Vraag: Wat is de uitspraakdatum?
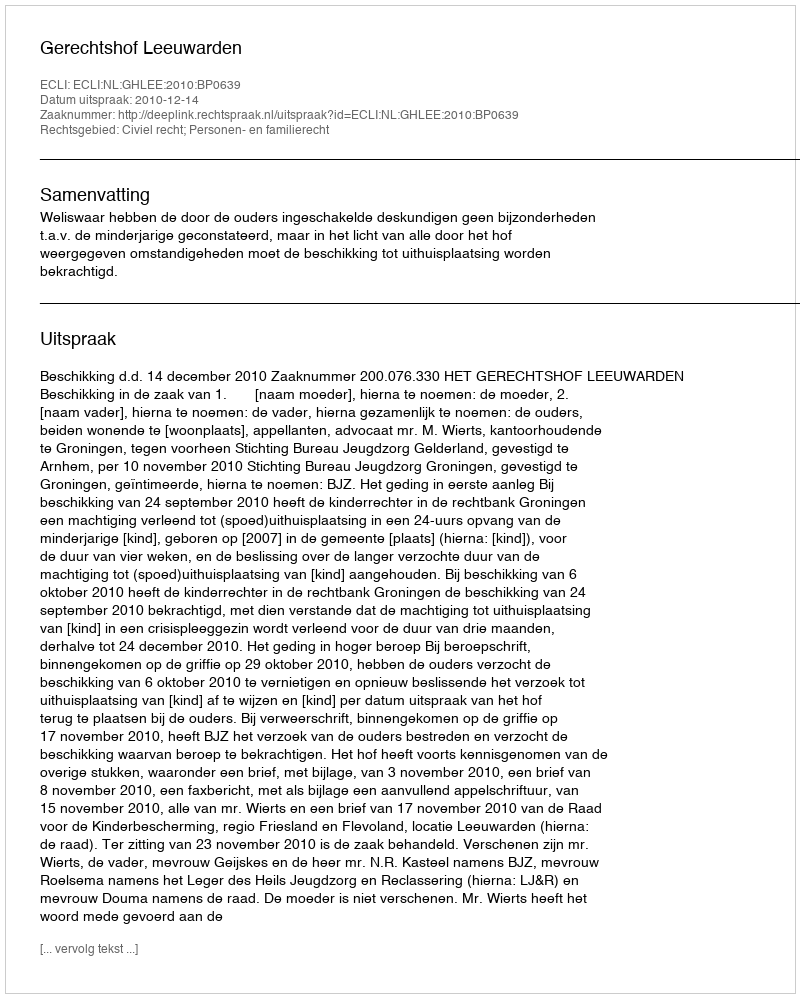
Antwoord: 2010-12-14